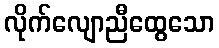
လိုက်လျောညီထွေသော